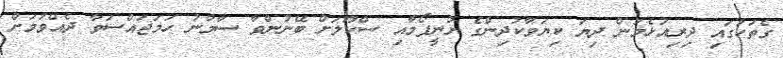
ގެތަކުގައި ދިރިއުޅެމުން ދިޔަ ކިޔަވާކުދިންގެ ޔުނީފޯމާއި ސްކޫލަށް ބޭނުންވާ ސާމާނު ހަމަޖައްސަވާ ދެއްވުމަށް